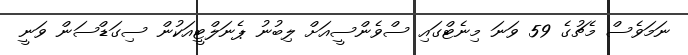
ނަމަވެސް މެޗުގެ 59 ވަނަ މިނެޓްގައި ސްވެންސީއަށް ލިބުނު ޕެނަލްޓީއަކުން ސިގަޑްސަން ވަނީ